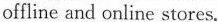
offline and online stores.